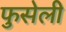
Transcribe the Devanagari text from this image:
फुसेली